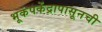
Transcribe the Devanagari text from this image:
भूकंपकेंद्रापासूनची